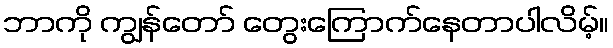
ဘာကို ကျွန်တော် တွေးကြောက်နေတာပါလိမ့်။